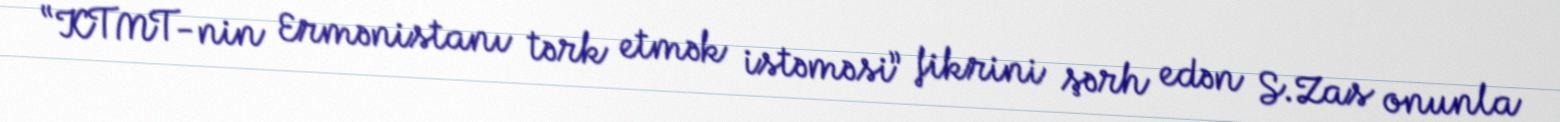
“KTMT-nin Ermənistanı tərk etmək istəməsi” fikrini şərh edən S.Zas onunla